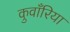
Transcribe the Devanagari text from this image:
कुवाँरिया